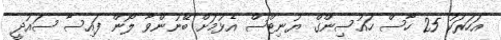
އަހަރަކު 25 ހާސް ހައުސިންގް ޔުނިޓްސް އެޅުމަށް ބޭނުންވާ ލޯން ފައިސާ ސައުދީ